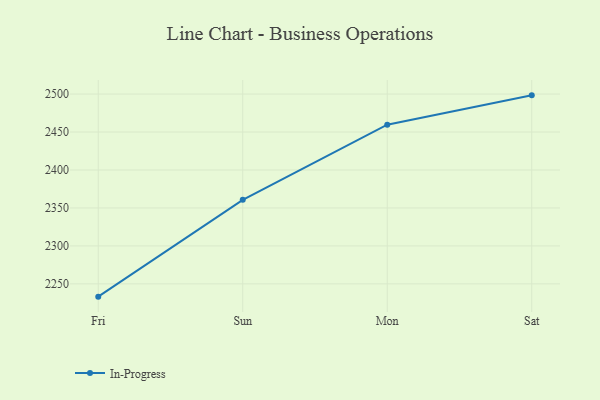
{"axis": {"x": "Day", "y": "Churn Rate (%)"}, "legend": ["In-Progress"], "data": [{"x": "Fri", "y": 2233.2, "type": "In-Progress"}, {"x": "Sun", "y": 2360.7, "type": "In-Progress"}, {"x": "Mon", "y": 2459.7, "type": "In-Progress"}, {"x": "Sat", "y": 2498.3, "type": "In-Progress"}]}